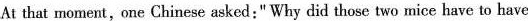
At that moment,one Chinese asked:" Why did those two mice have to have